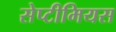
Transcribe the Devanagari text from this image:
सेप्टीमियस